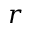
r